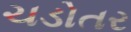
ચડોતર